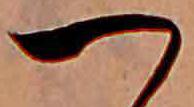
つ